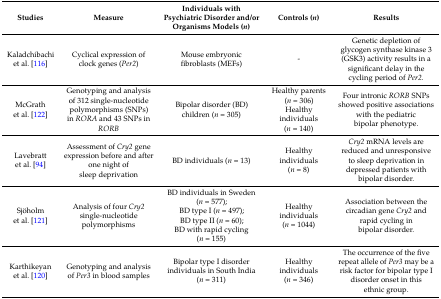
<table><thead><tr><td><b>Studies</b></td><td><b>Measure</b></td><td><b>Individuals with Psychiatric Disorder and/or Organisms Models (<i>n</i>)</b></td><td><b>Controls (<i>n</i>)</b></td><td><b>Results</b></td></tr></thead><tbody><tr><td>Kaladchibachi et al. [116]</td><td>Cyclical expression of clock genes (<i>Per2</i>)</td><td>Mouse embryonic fibroblasts (MEFs)</td><td>-</td><td>Genetic depletion of glycogen synthase kinase 3 (GSK3) activity results in a significant delay in the cycling period of <i>Per2.</i></td></tr><tr><td>McGrath et al. [122]</td><td>Genotyping and analysis of 312 single-nucleotide polymorphisms (SNPs) in <i>RORA</i> and 43 SNPs in <i>RORB</i></td><td>Bipolar disorder (BD) children (<i>n</i> = 305)</td><td>Healthy parents (<i>n</i> = 306)Healthy individuals (<i>n</i> = 140)</td><td>Four intronic <i>RORB</i> SNPs showed positive associations with the pediatric bipolar phenotype. </td></tr><tr><td>Lavebratt et al. [94]</td><td>Assessment of <i>Cry2</i> gene expression before and after one night of sleep deprivation</td><td>BD individuals (<i>n</i> = 13)</td><td>Healthy individuals (<i>n</i> = 8)</td><td><i>Cry2</i> mRNA levels are reduced and unresponsive to sleep deprivation in depressed patients with bipolar disorder.</td></tr><tr><td>Sjöholm et al. [121]</td><td>Analysis of four <i>Cry2</i> single-nucleotide polymorphisms</td><td>BD individuals in Sweden (<i>n</i> = 577);BD type I (<i>n</i> = 497);BD type II (<i>n</i> = 60);BD with rapid cycling (<i>n</i> = 155)</td><td>Healthy individuals (<i>n</i> = 1044)</td><td>Association between the circadian gene <i>Cry2</i> and rapid cycling in bipolar disorder.</td></tr><tr><td>Karthikeyan et al. [120]</td><td>Genotyping and analysis of <i>Per3</i> in blood samples</td><td>Bipolar type I disorder individuals in South India (<i>n</i> = 311)</td><td>Healthy individuals (<i>n</i> = 346)</td><td>The occurrence of the five repeat allele of <i>Per3</i> may be a risk factor for bipolar type I disorder onset in this ethnic group.</td></tr></tbody></table>